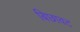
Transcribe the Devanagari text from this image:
बिछावट